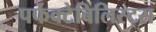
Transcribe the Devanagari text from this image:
पर्फेक्टेबिलिस्ट्स